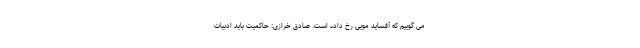
می گوییم که آفساید مویی رخ داده است. صادق خرازی: حاکمیت باید ادبیات